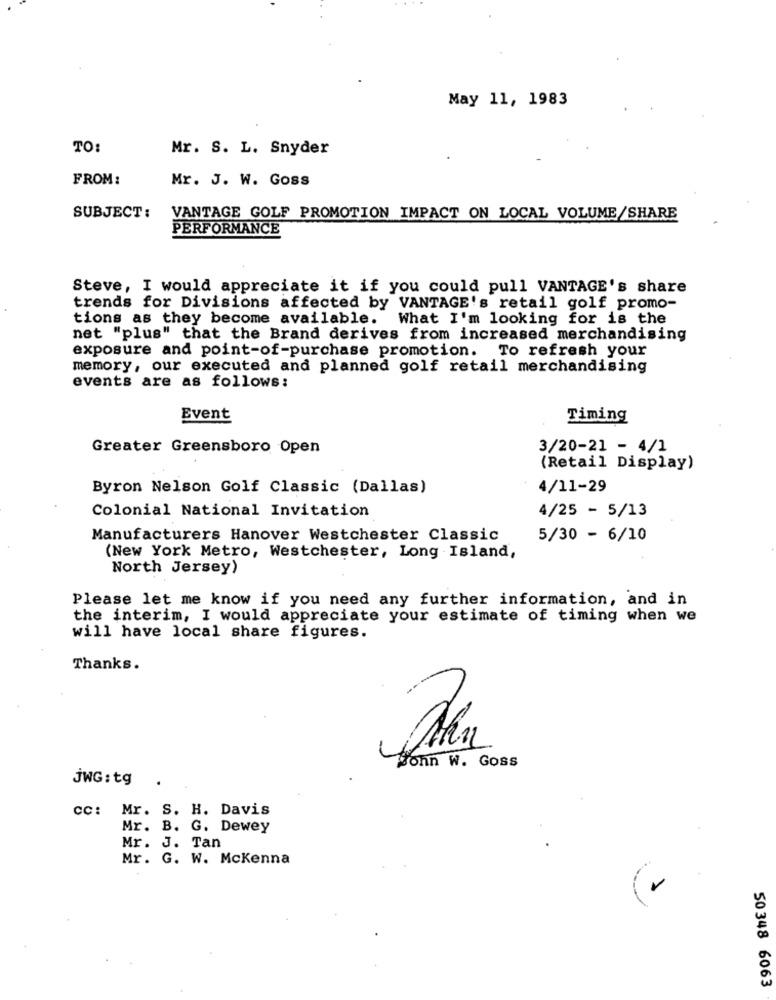
May 11, 1983
TO:
Mr. S. L. Snyder
FROM:
Mr. J. W. Goss
SUBJECT:
VANTAGE GOLF PROMOTION IMPACT ON LOCAL VOLUME/SHARE
PERFORMANCE
Steve, I would appreciate it if you could pull VANTAGE's share
trends for Divisions affected by VANTAGE's retail golf promo-
tions as they become available. What I'm looking for is the
net "plus" that the Brand derives from increased merchandising
exposure and point-of-purchase promotion. To refresh your
memory, our executed and planned golf retail merchandising
events are as follows:
Event
Timing
Greater Greensboro Open
3/20-21 - 4/1
(Retail Display)
Byron Nelson Golf Classic (Dallas)
4/11-29
Colonial National Invitation
4/25 - 5/13
Manufacturers Hanover Westchester Classic
5/30 - 6/10
(New York Metro, Westchester, Long Island,
North Jersey)
Please let me know if you need any further information, and in
the interim, I would appreciate your estimate of timing when we
will have local share figures.
Thanks.
sohn W. Goss
JWG: tg
cc: Mr. S. H. Davis
Mr. B. G. Dewey
Mr. J. Tan
Mr. G. W. Mckenna
50348 6063